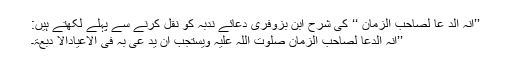
’’انہ الد عا لصاحب الزمان ؑ‘‘ کی شرح ابن بزوفری دعائے ندبہ کو نقل کرنے سے پہلے لکھتے ہیں:
’’انہّ الدعا لصاحب الزمان صلوت اللہ علیہ ویستجب ان ید عی بہ فی الاعیادالا دبعۃ۔